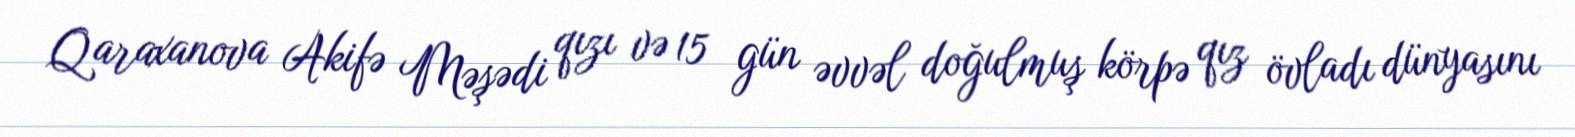
Qaraxanova Akifə Məşədi qızı və 15 gün əvvəl doğulmuş körpə qız övladı dünyasını